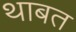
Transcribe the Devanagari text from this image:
थाबत